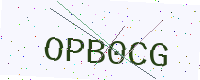
Text: OPB0CG